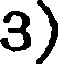
3)